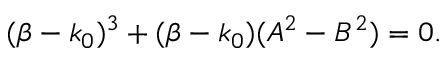
( \beta - k _ { 0 } ) ^ { 3 } + ( \beta - k _ { 0 } ) ( A ^ { 2 } - B ^ { 2 } ) = 0 .